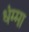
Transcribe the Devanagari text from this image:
धंम्मा